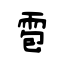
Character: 雹